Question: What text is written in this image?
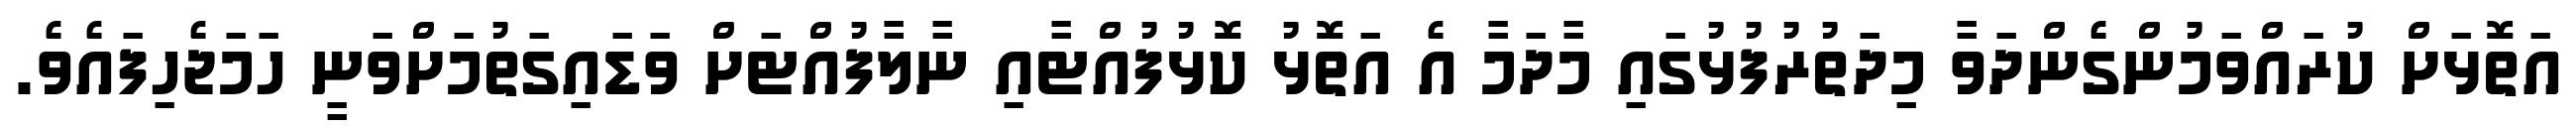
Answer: އަތޮޅަށް ކުރައްވަމުންގެންދަވާ މިދަތުރުފުޅުގައި މާދަމާ އެ އަތޮޅު ކޮޅުފުއްޓާއި ނާލާފުއްޓަށް ވަޑައިގަތުމަށްވަނީ ހަމަޖެހިފައެވެ.